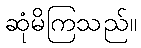
ဆုံမိကြသည်။